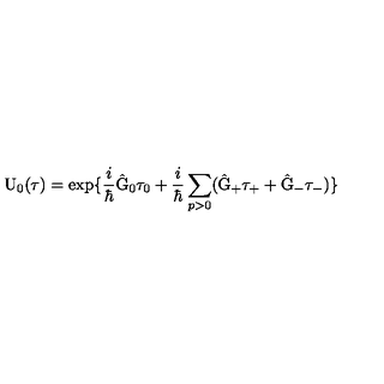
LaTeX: \mathrm { U } _ { 0 } ( \tau ) = \exp \{ \frac { i } { \hbar } \hat { \mathrm { G } } _ { 0 } { \tau } _ { 0 } + \frac { i } { \hbar } \sum _ { p > 0 } ( \hat { \mathrm { G } } _ { + } \tau _ { + } + \hat { \mathrm { G } } _ { - } \tau _ { - } ) \}